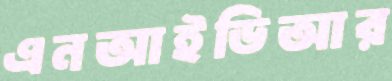
এনআইডিআর